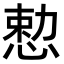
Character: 𪬈